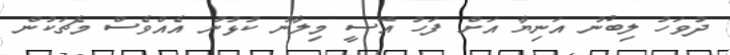
ދުވަހު ލިބުނު އަނިޔާ އަށް ފަހު އޭސީ މިލާނު ކުޅުނު އެއްވެސް މެޗަކުން